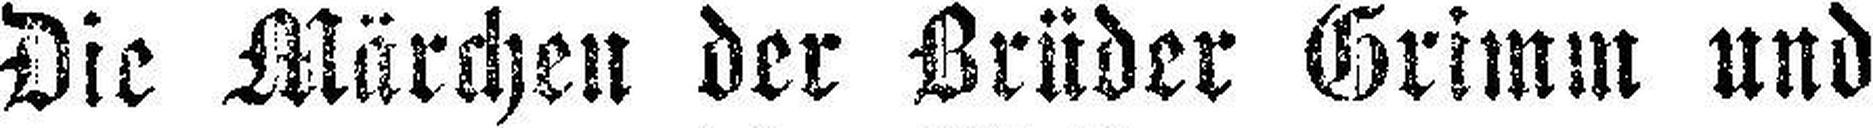
Die Märchen der Brüder Grimm und